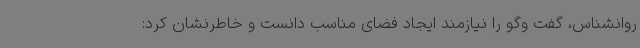
روانشناس، گفت وگو را نیازمند ایجاد فضای مناسب دانست و خاطرنشان کرد: